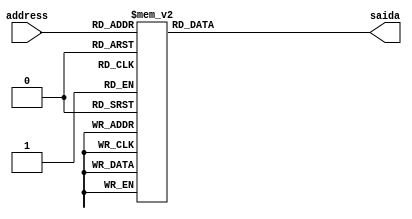
module seq_00 //SEQ1
#(parameter SIZE = 4)
(
	address,
	saida
);

input wire [SIZE-1:0] address;
output reg [SIZE-1:0] saida;

always @(address) begin
        case (address)
				4'b0000: saida = 4'b0001;
				4'b0001: saida = 4'b0001;
				4'b0010: saida = 4'b0001;
				4'b0011: saida = 4'b0001;
				4'b0100: saida = 4'b0001;
				4'b0101: saida = 4'b0001;
				4'b0110: saida = 4'b0001;
				4'b0111: saida = 4'b0001;
				4'b1000: saida = 4'b0001;
				4'b1001: saida = 4'b0001;
				4'b1010: saida = 4'b0001;
				4'b1011: saida = 4'b0001;
				4'b1100: saida = 4'b0001;
				4'b1101: saida = 4'b0001;
				4'b1110: saida = 4'b0001;
				4'b1111: saida = 4'b0001;
        endcase
    end
    
endmodule